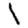
Digit: 1